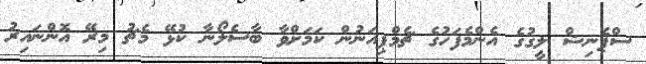
ސްޕެނިޝް ލީގުގެ އެންމެފަހުގެ ޗެމްޕިއަނުން ކަމަށްވާ ބާސެލޯނާ ކުޅޭ މެޗު މިރޭ އޮންނައިރު